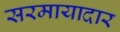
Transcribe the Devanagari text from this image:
सरमायादार